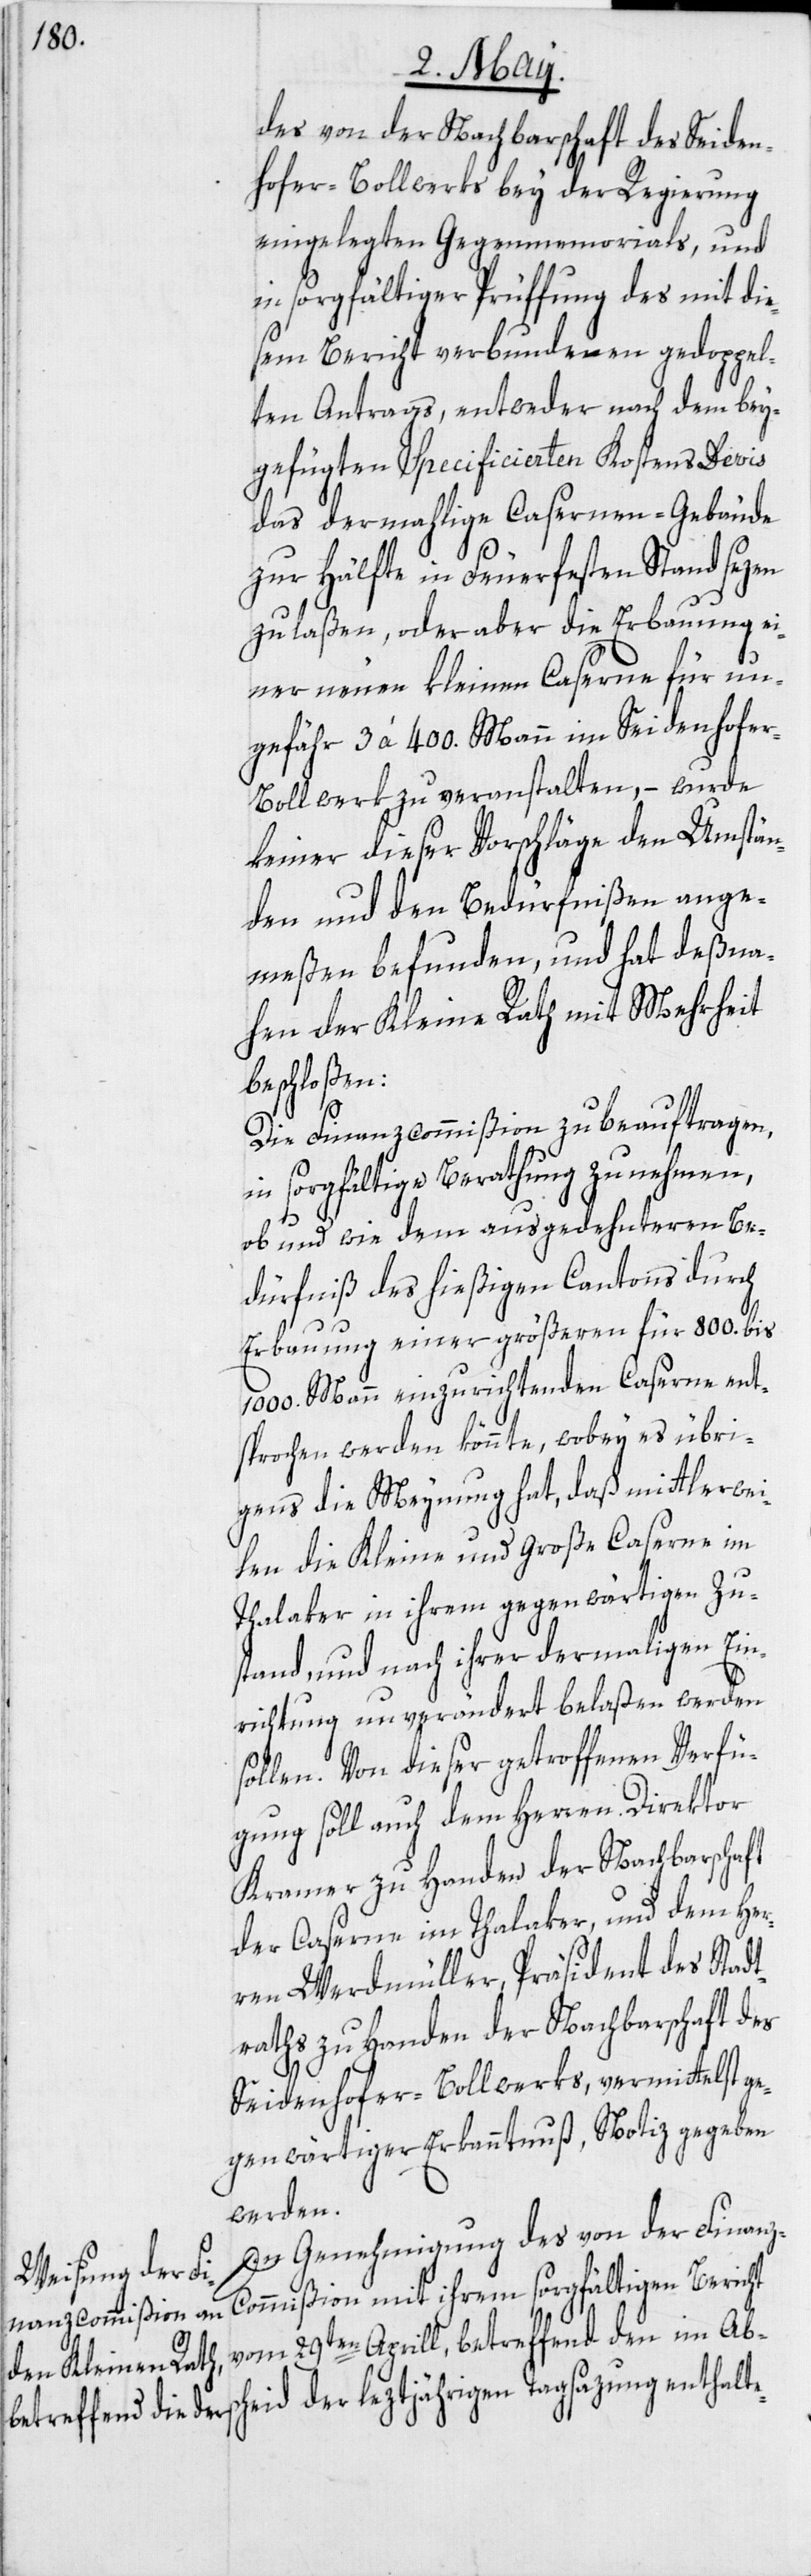
des von der Nachbarschaft des Seiden¬
hofer-Bollwerks bey der Regierung
eingelegten Gegenmemorials, und
in sorgfältiger Prüffung des mit die¬
sem Bericht verbundenen gedoppel¬
ten Antrags, entweder nach dem bey¬
gefügten Specificierten Kostens Devis
das dermahlige Casernen-Gebäude
zur Hälfte in Feuerfesten Stand sezen
zu laßen, oder aber die Erbauung ei¬
ner neuen kleinen Caserne für un¬
gefähr 3 à 400. Mann im Seidenhofe¬
r-Bollwerk zu veranstalten, – wurde
keiner dieser Vorschläge den Umstän¬
den und den Bedürfnißen ange¬
meßen befunden, und hat deßna¬
hen der Kleine Rath mit Mehrheit
beschloßen:
Die Finanzcommißion zu beauftragen,
in sorgfältige Berathung zu nehmen,
ob und wie dem ausgedehnteren Be¬
dürfniß des hießigen Cantons durch
Erbauung einer größeren für 800. bis
1000. Mann einzurichtenden Caserne ent¬
sprochen werden könnte, wobey es übri¬
gens die Meynung hat, daß mittlerwei¬
len die Kleine und Große Caserne im
Thalaker in ihrem gegenwärtigen Zu¬
stand, und nach ihrer dermaligen Ein¬
richtung unverändert belaßen werden
sollen. Von dieser getroffenen Verfü¬
gung soll auch dem Herren Direktor
Kramer zu Handen der Nachbarschaft
der Caserne im Thalaker, und dem Her¬
ren Werdmüller, Präsident des Stadt¬
raths zu Handen der Nachbarschaft des
Seidenhofer-Bollwerks, vermittelst ge¬
genwärtiger Erkanntnuß, Notiz gegeben
werden.
In Genehmigung des von der Finanz-C¬
cheid der
ommißion mit ihrem sorgfältigen Bericht
vom 29ten Aprill, betreffend den im Abs¬